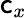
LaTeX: \mathsf{c}_{x}